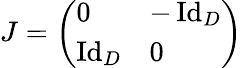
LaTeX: J=\left(\begin{array}{ll}{0}&{-\operatorname{Id}_{D}}\\ {\operatorname{Id}_{D}}&{0}\end{array}\right)